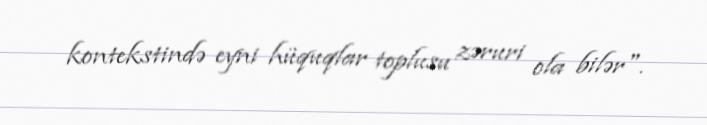
kontekstində eyni hüquqlar toplusu zəruri ola bilər".